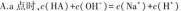
A.a点时，c(HA)+c(OH^1)=c(Na^1)+c(H^1)